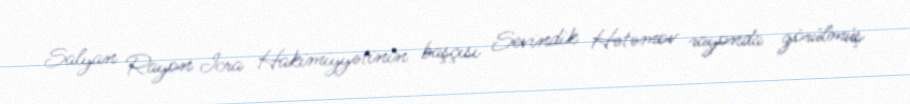
Salyan Rayon İcra Hakimiyyətinin başçısı Sevindik Hətəmov rayonda görülmüş